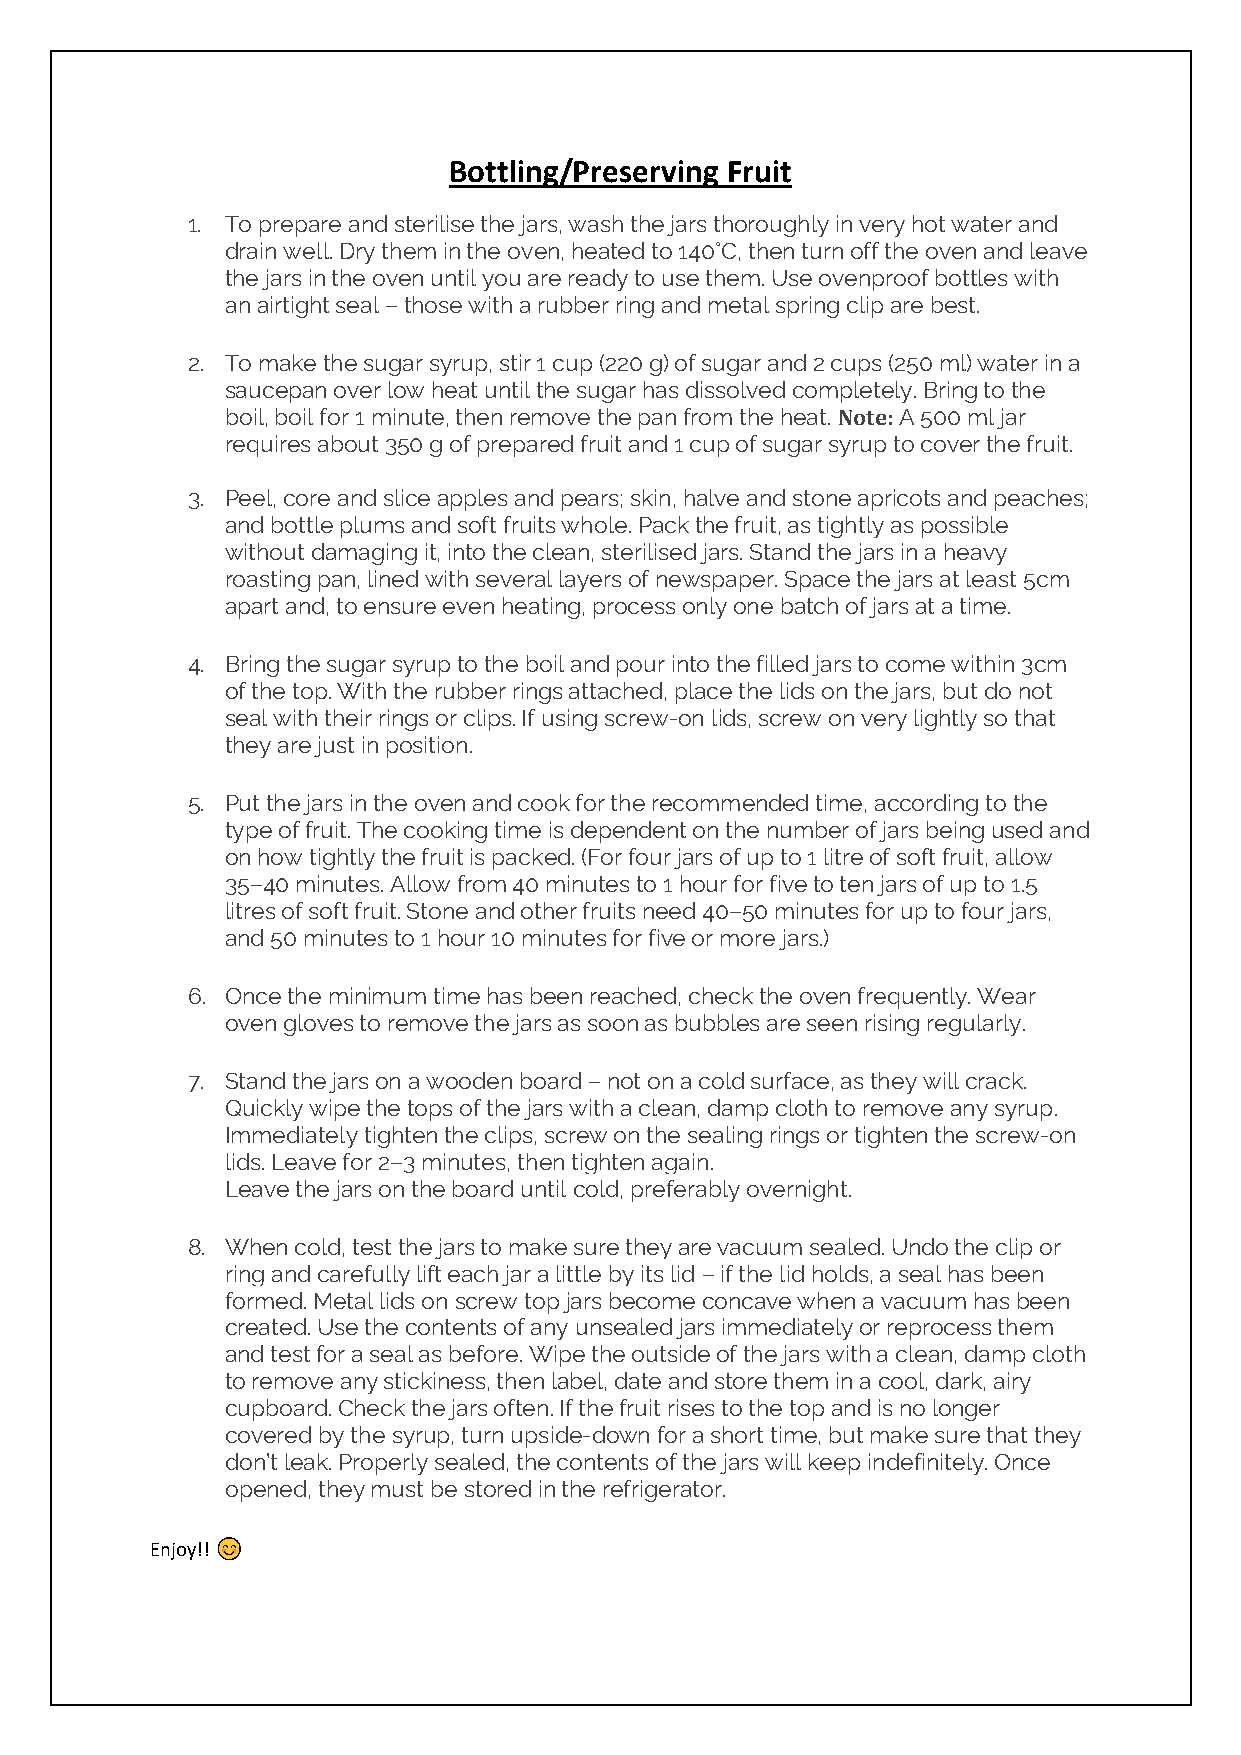
Bottling/Preserving Fruit
 1. To prepare and sterilise the jars, wash the jars thoroughly in very hot water and
 drain well. Dry them in the oven, heated to 140°C, then turn off the oven and leave
 the jars in the oven until you are ready to use them. Use ovenproof bottles with
 an airtight seal – those with a rubber ring and metal spring clip are best.
 2. To make the sugar syrup, stir 1 cup (220 g) of sugar and 2 cups (250 ml) water in a
 saucepan over low heat until the sugar has dissolved completely. Bring to the
 boil, boil for 1 minute, then remove the pan from the heat. Note: A 500 ml jar
 requires about 350 g of prepared fruit and 1 cup of sugar syrup to cover the fruit.
 3. Peel, core and slice apples and pears; skin, halve and stone apricots and peaches;
 and bottle plums and soft fruits whole. Pack the fruit, as tightly as possible
 without damaging it, into the clean, sterilised jars. Stand the jars in a heavy
 roasting pan, lined with several layers of newspaper. Space the jars at least 5cm
 apart and, to ensure even heating, process only one batch of jars at a time.
 4. Bring the sugar syrup to the boil and pour into the filled jars to come within 3cm
 of the top. With the rubber rings attached, place the lids on the jars, but do not
 seal with their rings or clips. If using screw-on lids, screw on very lightly so that
 they are just in position.
 5. Put the jars in the oven and cook for the recommended time, according to the
 type of fruit. The cooking time is dependent on the number of jars being used and
 on how tightly the fruit is packed. (For four jars of up to 1 litre of soft fruit, allow
 35–40 minutes. Allow from 40 minutes to 1 hour for five to ten jars of up to 1.5
 litres of soft fruit. Stone and other fruits need 40–50 minutes for up to four jars,
 and 50 minutes to 1 hour 10 minutes for five or more jars.)
 6. Once the minimum time has been reached, check the oven frequently. Wear
 oven gloves to remove the jars as soon as bubbles are seen rising regularly.
 7. Stand the jars on a wooden board – not on a cold surface, as they will crack.
 Quickly wipe the tops of the jars with a clean, damp cloth to remove any syrup.
 Immediately tighten the clips, screw on the sealing rings or tighten the screw-on
 lids. Leave for 2–3 minutes, then tighten again.
 Leave the jars on the board until cold, preferably overnight.
 8. When cold, test the jars to make sure they are vacuum sealed. Undo the clip or
 ring and carefully lift each jar a little by its lid – if the lid holds, a seal has been
 formed. Metal lids on screw top jars become concave when a vacuum has been
 created. Use the contents of any unsealed jars immediately or reprocess them
 and test for a seal as before. Wipe the outside of the jars with a clean, damp cloth
 to remove any stickiness, then label, date and store them in a cool, dark, airy
 cupboard. Check the jars often. If the fruit rises to the top and is no longer
 covered by the syrup, turn upside-down for a short time, but make sure that they
 don’t leak. Properly sealed, the contents of the jars will keep indefinitely. Once
 opened, they must be stored in the refrigerator.
 Enjoy!!